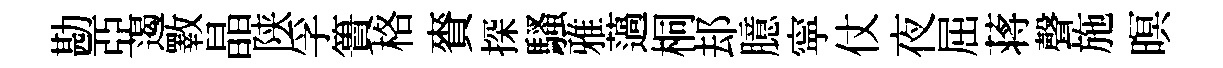
勘亞遏斁晶陕孚簣格賚探騷雅薖桐𨚫臆寜仗夜屈蒋聲施暝